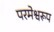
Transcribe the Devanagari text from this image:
परमेश्वरूप